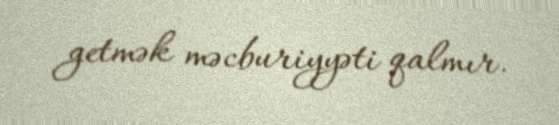
getmək məcburiyyəti qalmır.